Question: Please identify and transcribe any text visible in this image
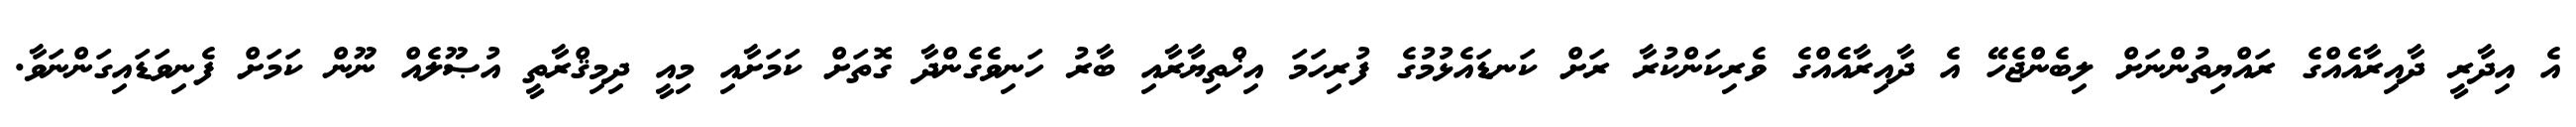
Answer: އެ އިދާރީ ދާއިރާއެއްގެ ރައްޔިތުންނަށް ލިބެންޖެހޭ އެ ދާއިރާއެއްގެ ވެރިކަންކުރާ ރަށް ކަނޑައެޅުމުގެ ފުރިހަމަ އިޚްތިޔާރާއި ބާރު ހަނިވެގެންދާ ގޮތަށް ކަމަށާއި މިއީ ދިމިޤްރާތީ އުޞޫލެއް ނޫން ކަމަށް ފެނިވަޑައިގަންނަވާ.